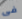
فى